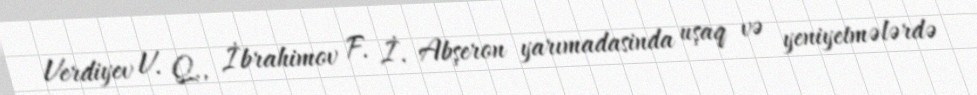
Verdiyev V. Q., İbrahimov F. İ. Abşeron yarımadasinda uşaq və yeniyetmələrdə